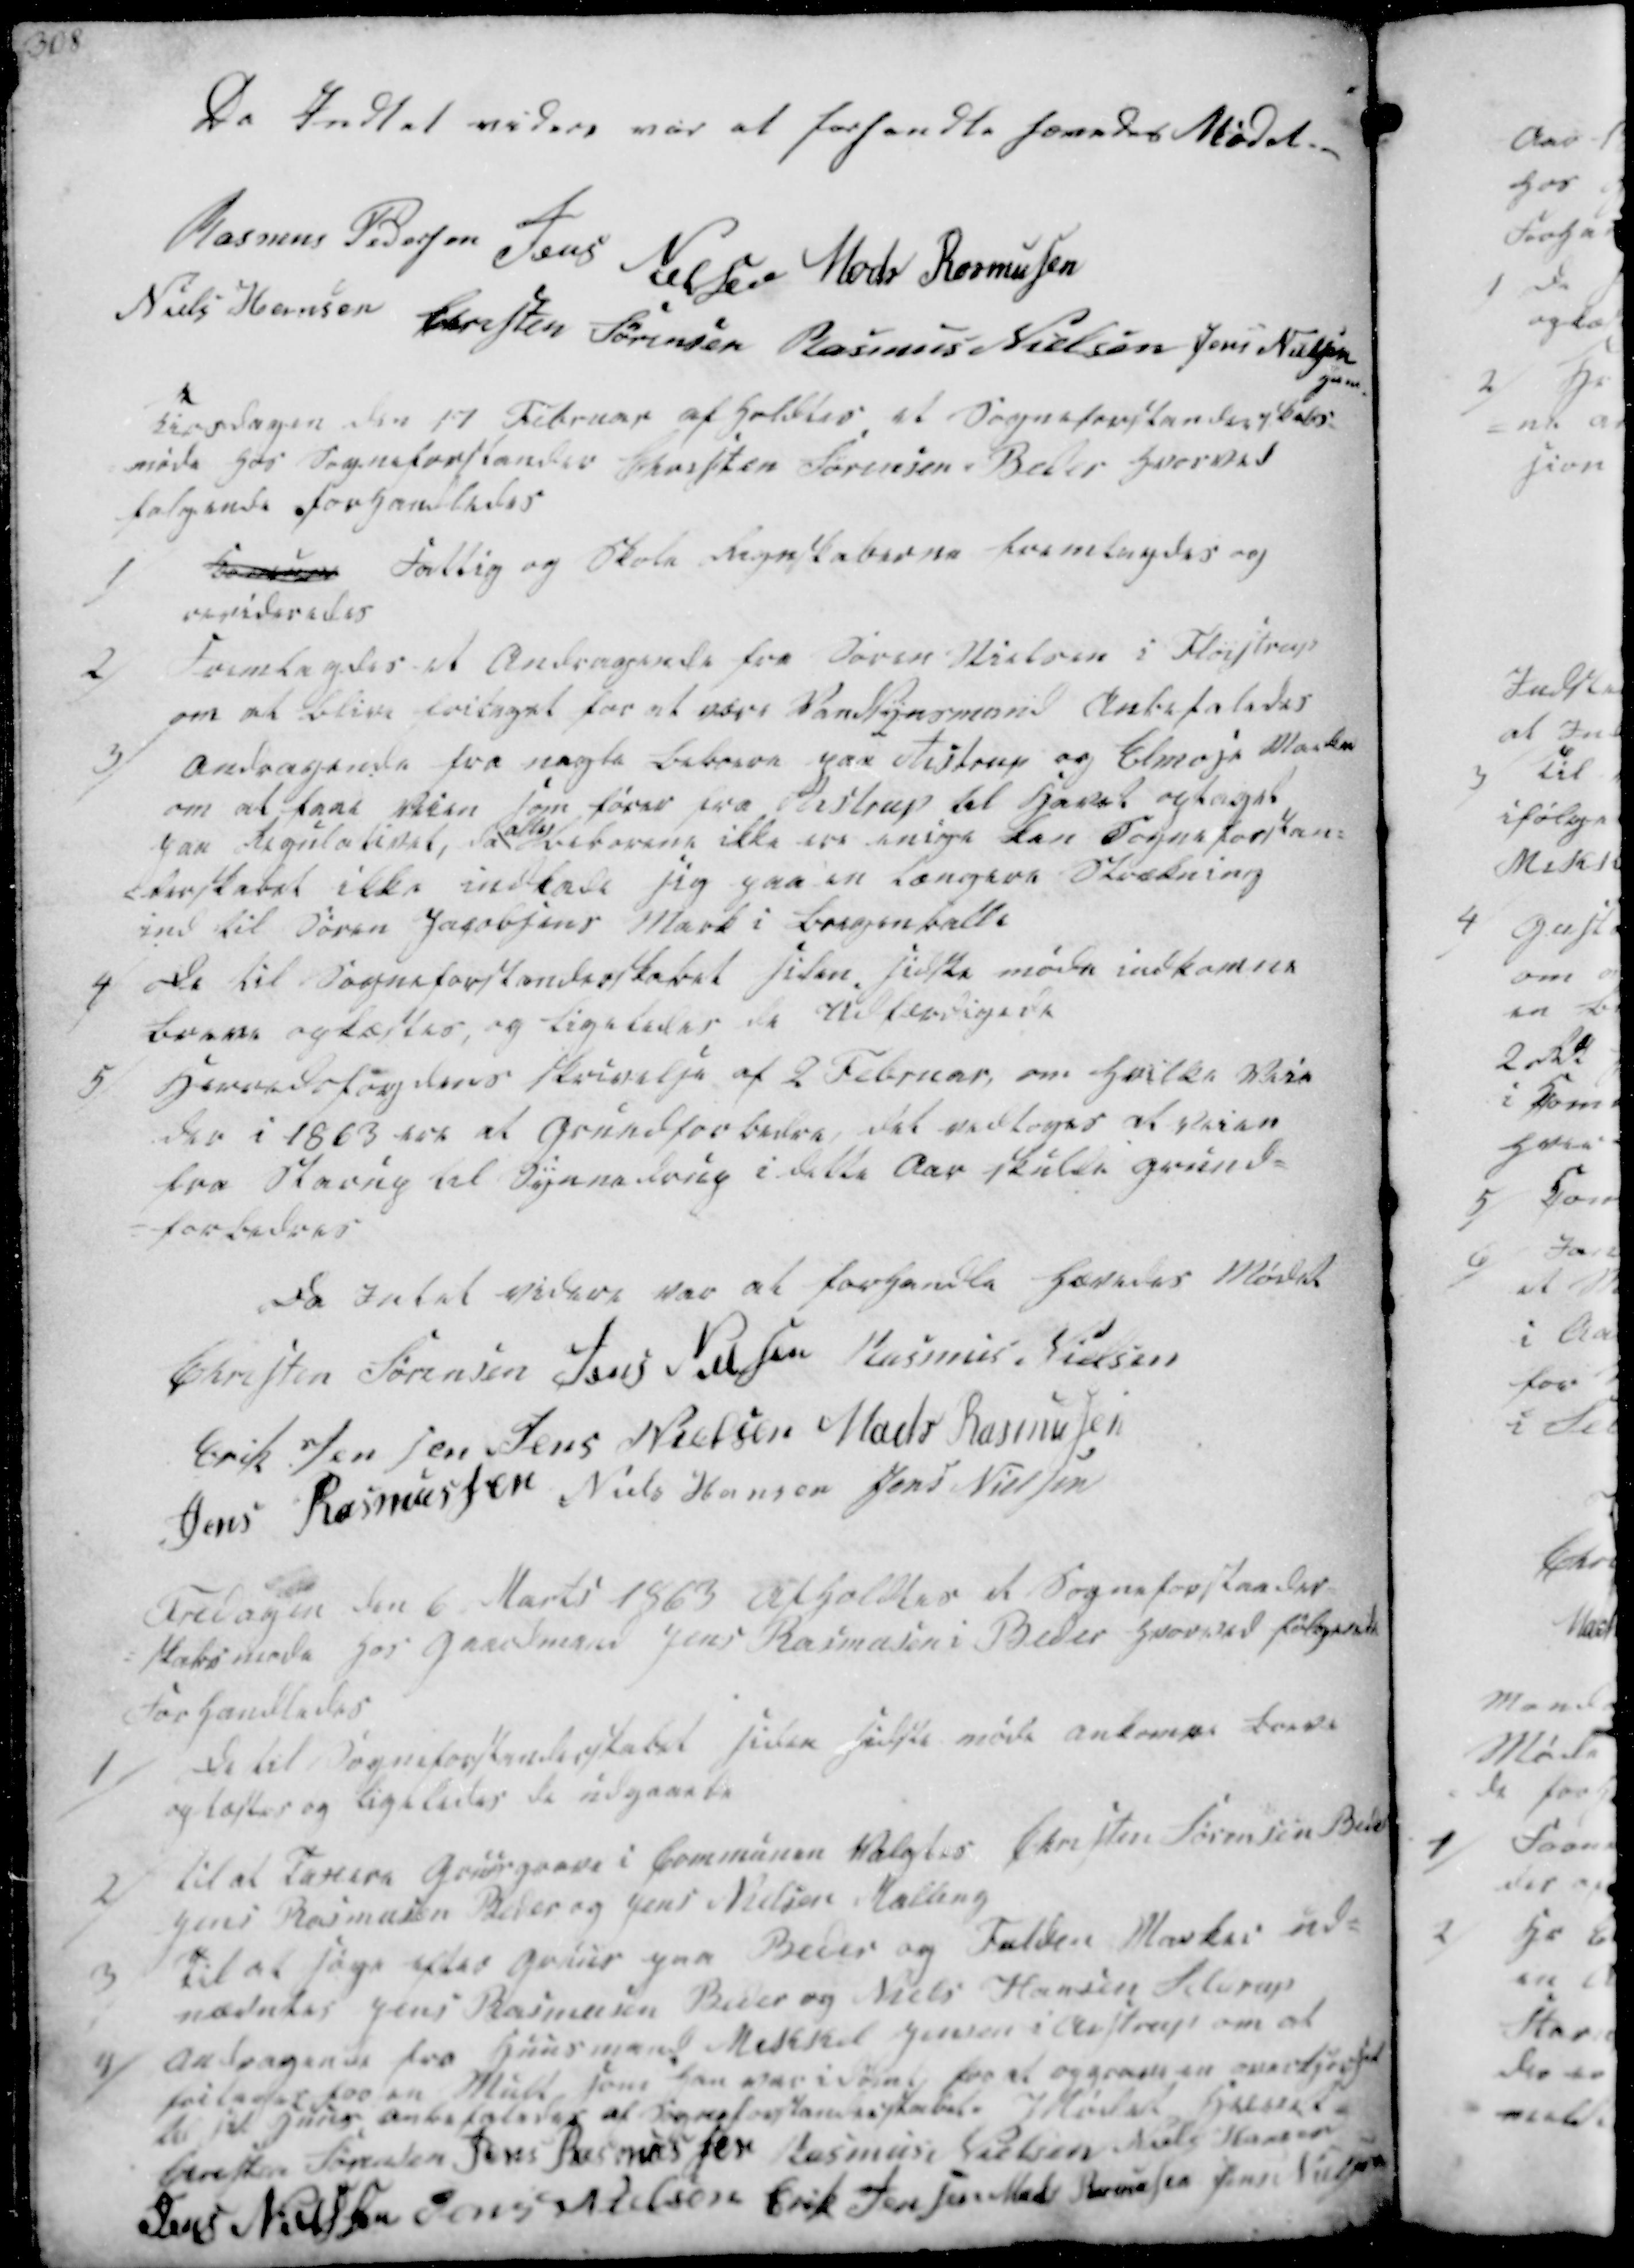
Transskription:
Da Indtet videre var at forhandle hævedes Mødet.

Rasmus Pedersen
Jens Nielsen
Mads Rasmussen
Niels Hansen
Christen Sørensen
Rasmus Nielsen
Jens Nielsen

Tirsdagen den 17 Februar afholdtes et Sogneforstanderskabs-
møde hos Sogneforstander Christen Sørensen i Beder hvorved
følgende forhandledes

1
Komunen Fattig og Skole Regnskaberne fremlagdes og
revideredes
2/ Fremlagdes et Andragende fra Søren Nielsen i Fløistrup
om at blive fritaget for at være Vandsynsmand Anbefaledes
3/ Andragende fra nogle Beboere paa Aistrup og Elmose Marker
om at faae Veien som fører fra Aistrup til Havet optaget
paa Regulativet, da alle Beborene ikke ere enige kan Sogneforstan-
-derskabet ikke indlede sig paa en længere Strækning
ind til Søren Jacobsens Mark i Bregenballe

4/ De til Sogneforstanderskabet siden sidste møde indkomne
Breve oplæstes, og ligeledes de udfærdigede
5/ Herredsfogdens Skrivelse af 2 Februar, om hvilke Veie
der i 1863 var at Grundforbedre, det vedtoges at Veien
fra Starup til Synnedrup i dette Aar skulde grund-
-forbedres

Da Intet videre var at forhandle hævedes Mødet
Christen Sørensen
Jens Nielsen
Rasmus Nielsen
Erik Jensen
Jens Nielsen
Mads Rasmussen
Jens Rasmussen
Niels Hansen
Jens Nielsen

Fredagen den 6. Marts 1863 Afholdtes et Sogneforstander-
-skabsmøde hos Gaardmand Jens Rasmusen i Beder hvorved følgende
Forhandledes

1/
De til Sogneforstanderskabet siden sidste møde ankomne Breve
oplæstes og ligeledes de udgaaede
2/ Til at Taxere Gruusgaave i Communen Valgtes Christen Sørensen Beder
Jens Rasmussen Beder og Jens Nielsen Malling

3/ Til at søge efter Gruus paa Beder og Fulden Marker ud-
nævntes Jens Rasmusen Beder og Niels Hansen Seldrup
4/ Andragende fra Huusmand Mikkel Jensen i Aistrup om at
fritages for en Mult, som han var i Dømt, for at opgrave en overkjørsel
til sit Huus, anbefaledes af Sognefrstanderskabet. I Mødet Hævent

Christen Sørensen
Jens Rasmussen
Rasmus Nielsen
Niels Hansen
Jens Nielsen
Jens Nielsen
Erik Jensen
Mads Rasmussen
Jens Nielsen